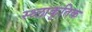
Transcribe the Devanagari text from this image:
स्थ्लाकृतिक